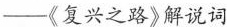
——《复兴之路》解说词